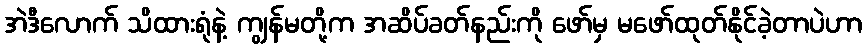
အဲဒီလောက် သိထားရုံနဲ့ ကျွန်မတို့က အဆိပ်ခတ်နည်းကို ဖော်မှ မဖော်ထုတ်နိုင်ခဲ့တာပဲဟာ